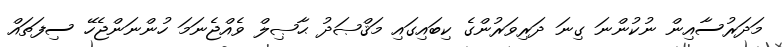
މަދަރުސާއިން ނުކުންނަ ގިނަ ދަރިވަރުންގެ ކިބައިގައި މަޤްޞަދު ޙާޞިލް ވެއްޖެނަމަ ހުންނަންޖެހޭ ސިފަތައް